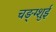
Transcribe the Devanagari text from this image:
चङ्ग्शुई